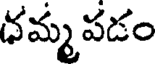
ధమ్మ పడం